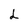
Character: L